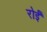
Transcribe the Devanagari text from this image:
रोईं